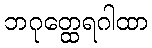
ဘဂုတ္ထေရဂါထာ